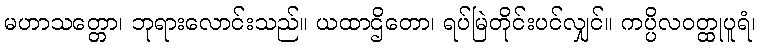
မဟာသတ္တော၊ ဘုရားလောင်းသည်။ ယထာဌိတော၊ ရပ်မြဲတိုင်းပင်လျှင်။ ကပ္ပိလဝတ္ထုပူရံ၊